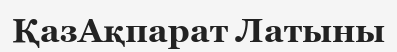
ҚазАқпарат Латыны